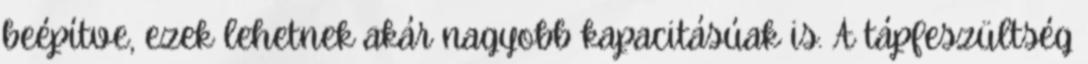
beépítve, ezek lehetnek akár nagyobb kapacitásúak is. A tápfeszültség